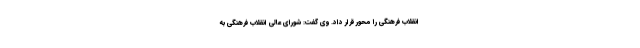
انقلاب فرهنگی را محور قرار داد. وی گفت: شورای عالی انقلاب فرهنگی به